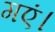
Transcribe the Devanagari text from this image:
गएं।